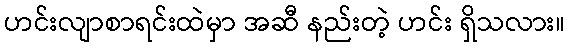
ဟင်းလျာစာရင်းထဲမှာ အဆီ နည်းတဲ့ ဟင်း ရှိသလား။